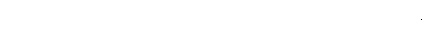
နိက္ခမိတွာ၊ ထွက်၍။ ဣတောစိတောစ၊ ထိုမှဤမှလည်း။ ဩလောကေန္တာ၊